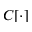
C [ \cdot ]